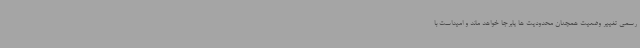
رسمی تغییر وضعیت همچنان محدودیت ها پابرجا خواهد ماند و امیداست با